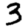
Digit: 3